Annual report of the Punjab Veterinary College and of the Civil Veterinary Department, Punjab - 1894-1908
Year: 1894
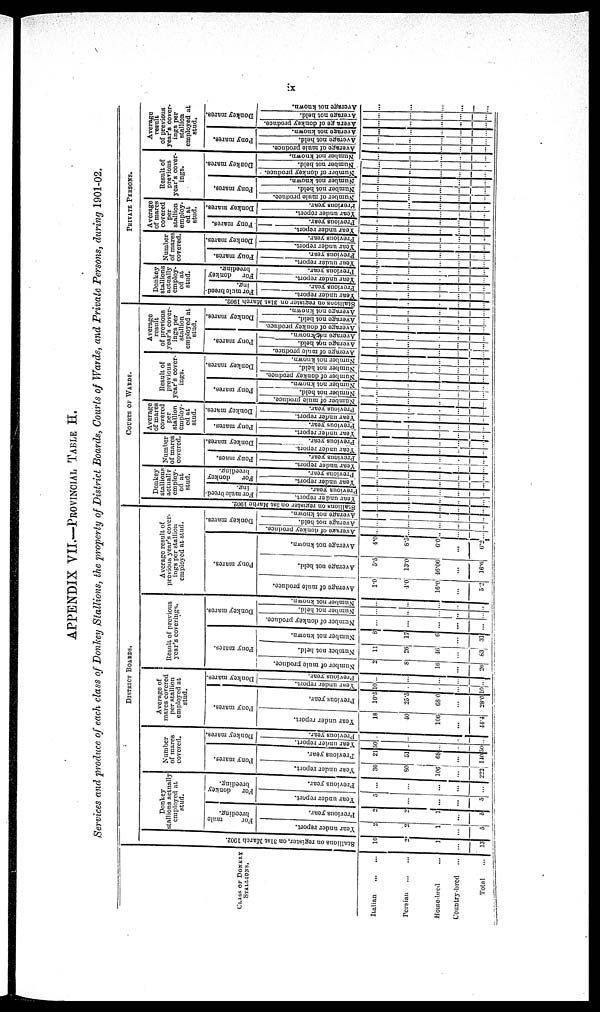
ix
APPENDIX VII.—PROVINCIAL TABLE H.
Services and produce of each class of Donkey Stallions, the property of District Boards, Courts of Wards, and Private Persons, during 1901-02.
CLASS OF DONKEY
STALLIONS.
Italian ... ...
Persian
...
...
Home-bred ...
Country-bred ...
Total
...
DISTRICT BOARDS.
Stallions on register, on 31st March 1902.
10
2
1
...
13
Donkey
stallions actually
employed at
stud.
For
mule
breeding.
Year under report.
2
2
1
...
5
Previous year.
2
2
1
...
5
For
donkey
breeding.
Year under report.
5
...
...
...
5
Previous year.
...
...
...
...
...
Number
of mares
covered.
Pony mares.
Year under report.
36
80
106
...
222
Previous year.
21
51
68
...
140
Donkey mares.
Year
under report.
50
...
...
...
50
Previous year.
...
...
...
...
...
Average of
marcs covered
per stallion
employed at
stud.
Pony mares.
Year under report.
18
40
106
...
44.4
Previous year.
10.5
25.5
68.0
...
28.0
Donkey mares.
Year
under report.
10
...
...
...
10
Previous year.
...
...
...
...
...
Result of previous
year's coverings.
Pony mares.
Number of mule produce.
2
8
16
...
26
Number not held.
11
26
46
...
83
Number not known.
8
17
6
...
31
Donkey mares.
Number of donkey produce.
...
...
...
...
...
Number not held.
...
...
...
...
...
Number
not known.
...
...
...
...
...
Average result of
previous year's cover-
ings per stallion
employed at stud.
Pony mares.
Average of mule produce.
1.0
4.0
16.0
...
5.2
Average
not held.
5.5
13.0
46.06
...
16.6
Average not known.
4.0
8.5
6.0
...
6.2
Donkey mares.
Average of donkey produce.
...
...
...
...
...
Average not held.
...
...
...
...
...
Average not known.
...
...
...
...
...
COURTS OF WARDS.
Stallions on register on 3st Marhc 1902.
...
...
...
...
...
Donkey
stallion
actually
employ¬
ed at
stud.
For mule breed-
ing.
Year
under report.
...
...
...
...
...
Previous year.
...
...
...
...
...
For
donkey
breeding.
Year
under report.
...
...
...
...
...
Previous year.
...
...
...
...
...
Number
of mares
covered.
Pony maes.
Year under report.
...
...
...
...
...
Previous year.
...
...
...
...
...
Donkey mares.
Year
under report.
...
...
...
...
...
Previous year.
...
...
...
...
...
Average
of mares
covered
per
stallion
employ¬
ed at
stud.
Pony mares.
Year
under report.
...
...
...
...
...
Previous year.
...
...
...
...
...
Donkey mares.
Year
under report.
...
...
...
...
...
Previous year.
...
...
...
...
...
Result of
previous
year's cover-
ings.
Pony mares.
Number of mule produce.
...
...
...
...
...
Number
not held.
...
...
...
...
...
Number not known.
...
...
...
...
...
Donkey mares.
Number of donkey produce.
...
...
...
...
...
Number not held.
...
...
...
...
...
Number not known.
...
...
...
...
...
Average
result
of previous
year's cover-
ings per
stallion
employed at
stud.
Pony mares.
Average of mule produce.
...
...
...
...
...
Average
not held.
...
...
...
...
...
Average not known.
...
...
...
...
...
Donkey mares.
Average of donkey produce.
...
...
...
...
...
Average
not held.
...
...
...
...
...
Average
not known.
...
...
...
...
...
PRIVATE
PERSONS.
Stallions on register on 31st March 1902.
...
...
...
...
...
Donkey
stallions
actually
employ-
ed at
stud.
For mule breed-
ing.
Year under report.
...
...
...
...
...
Previous year.
...
...
...
...
...
For
donkey
breeding.
Year
under report.
...
...
...
...
...
Previous year.
...
...
...
...
...
Number
of mares
covered.
Pony mares.
Year
under report.
...
...
...
...
...
Previous year.
...
...
...
...
...
Donkey mares.
Year
under report.
...
...
...
...
...
Previous year.
...
...
...
...
...
Average
of mares
covered
per
stallion
employ-
ed at
stud.
Pony mares.
Year
under report.
...
...
...
...
...
Previous year.
...
...
...
...
...
Donkey mares.
Year under report.
...
...
...
...
...
Previous year.
...
...
...
...
...
Result of
previous
year's cover-
ings.
Pony mares.
Number of mule produce.
...
...
...
...
...
Number not held.
...
...
...
...
...
Number not known.
...
...
...
...
...
Donkey mares.
Number of donkey produce.
...
...
...
...
...
Number
not held.
...
...
...
...
...
Number
not known.
...
...
...
...
...
Average
result
of previous
year's cover-
ings per
stallion
employed at
stud.
Pony mares.
Average of mule produce.
...
...
...
...
...
Average not held.
...
...
...
...
...
Average not known.
...
...
...
...
...
Donkey mares.
Average of donkey produce.
...
...
...
...
...
Average not held.
...
...
...
...
...
Average not known.
...
...
...
...
...